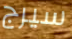
سيرج